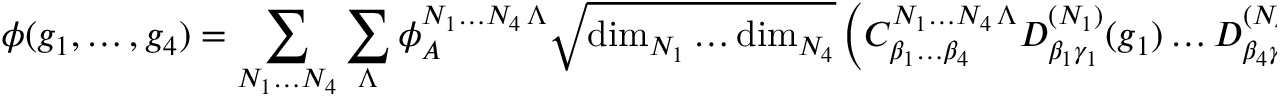
\phi ( g _ { 1 } , \ldots , g _ { 4 } ) = \sum _ { N _ { 1 } \ldots N _ { 4 } } \sum _ { \Lambda } \phi _ { \cal A } ^ { N _ { 1 } \ldots N _ { 4 } \, \Lambda } \sqrt { \mathrm { d i m } _ { N _ { 1 } } \ldots \mathrm { d i m } _ { N _ { 4 } } } \left( { C } _ { \beta _ { 1 } \ldots \beta _ { 4 } } ^ { N _ { 1 } \ldots N _ { 4 } \, \Lambda } D _ { \beta _ { 1 } \gamma _ { 1 } } ^ { ( N _ { 1 } ) } ( g _ { 1 } ) \ldots D _ { \beta _ { 4 } \gamma _ { 4 } } ^ { ( N _ { 4 } ) } ( g _ { 4 } ) \ w _ { \gamma _ { 1 } } \ldots w _ { \gamma _ { 4 } } \ \right) .